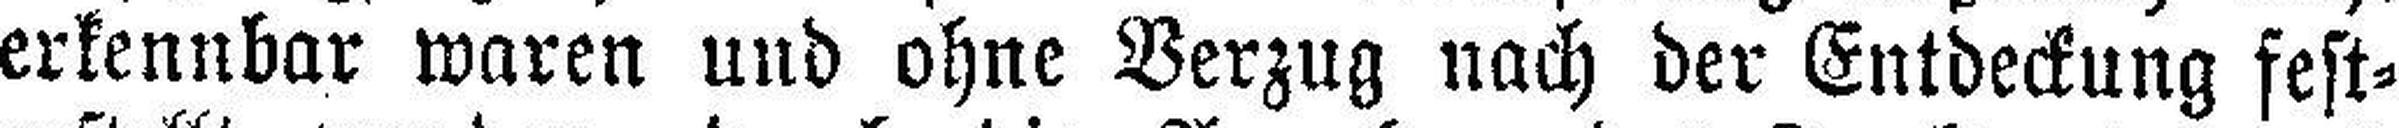
erkennbar waren und ohne Verzug nach der Entdeckung fest¬